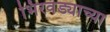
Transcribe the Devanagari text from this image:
भिरवंड्याच्या